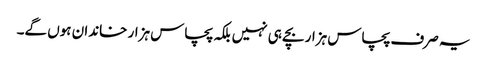
یہ صرف پچاس ہزار بچے ہی نہیں بلکہ پچاس ہزار خاندان ہوں گے۔